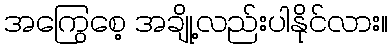
အကြွေစေ့ အချို့လည်းပါနိုင်လား။